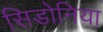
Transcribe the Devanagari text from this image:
सिडोनिया